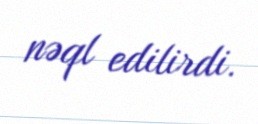
nəql edilirdi.